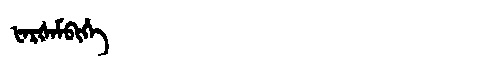
Manchu: ᡶᠠᡵᡧᠠᠮᠪᡳᡥᡝ
Romanization: FARŠAMBIHE